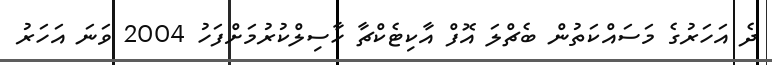
ދެ އަހަރުގެ މަސައްކަތުން ބެޗްލަ އޮފް އާކިޓެކްޗާ ހާސިލްކުރުމަށްފަހު 2004 ވަނަ އަހަރު